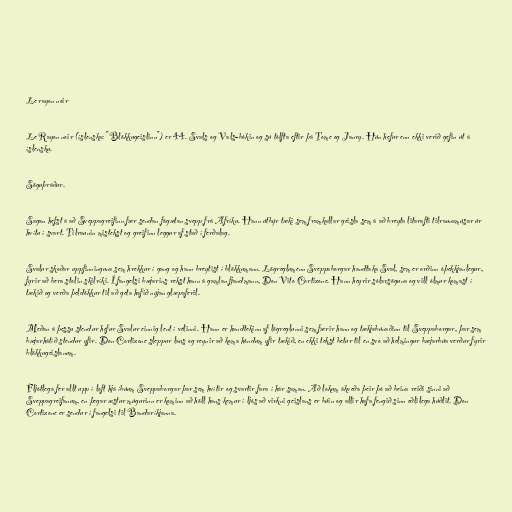
Le rayon noir

Le Rayon noir (íslenska: "Blökkugeislinn") er 44. Svals og Vals-bókin og sú tólfta eftir þá Tome og Janry. Hún hefur enn ekki verið gefin út á
íslensku.

Söguþráður.

Sagan hefst á að Sveppagreifinn fær sendan fágætan svepp frá Afríku. Hann útbýr tæki sem framkallar geisla sem á að breyta litarafti tilraunamúsar úr
hvítu í svart. Tilraunin mistekst og greifinn leggur af stað í ferðalag.

Svalur skoðar uppfinninguna sem hrekkur í gang og hann breytist í blökkumann. Lögreglumenn Sveppaborgar handtaka Sval, sem er orðinn óþekkjanlegur,
fyrir að bera stolin skilríki. Í fangelsi bæjarins rekst hann á gamlan fjandmann, Don Vito Cortizone. Hann heyrir sólarsöguna og vill ólmur komast í
tækið og verða þeldökkur til að geta hafið nýjan glæpaferil.

Meðan á þessu stendur hefur Svalur einnig lent í vélinni. Hann er handtekinn af lögreglunni sem færir hann og tækjabúnaðinn til Sveppaborgar, þar sem
bæjarhátíð stendur yfir. Don Cortizone sleppur laus og reynir að koma höndum yfir tækið, en ekki tekst betur til en svo að helmingur bæjarbúa verður fyrir
blökkugeislanum.

Fljótlega fer allt upp í loft hjá íbúum Sveppaborgar þar sem hvítir og svartir fara í hár saman. Að lokum ákveða þeir þó að beina reiði sinni að
Sveppagreifanum, en þegar æstur múgurinn er kominn að höll hans kemur í ljós að virkni geislans er búin og allir hafa fengið sinn eðlilega húðlit. Don
Cortizone er sendur í fangelsi til Bandaríkjanna.